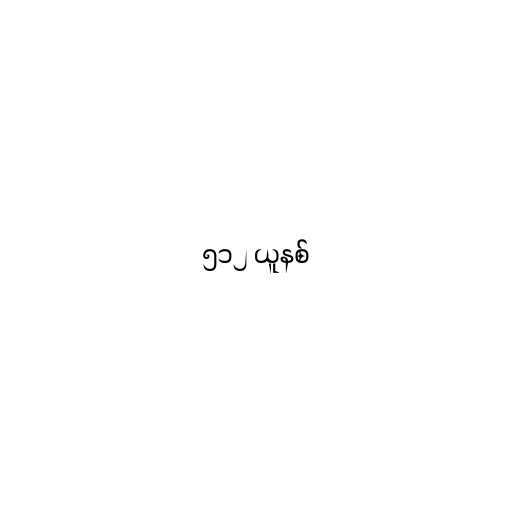
၅၁၂ ယူနစ်